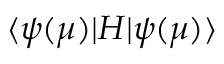
\ensuremath Ḋ \langle \psi ( \mu ) \vert Ḍ H \ensuremath Ḋ \vert \psi ( \mu ) \rangle Ḍ